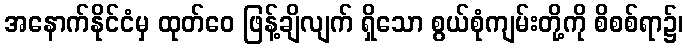
အနောက်နိုင်ငံမှ ထုတ်ဝေ ဖြန့်ချိလျက် ရှိသော စွယ်စုံကျမ်းတို့ကို စိစစ်ရာ၌၊